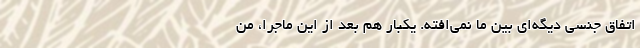
اتفاق جنسی دیگه‌ای بین ما نمی‌افته. یکبار هم بعد از این ماجرا، من